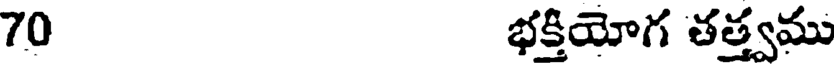
70 భక్తియోగ తత్త్వము